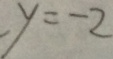
y = - 2